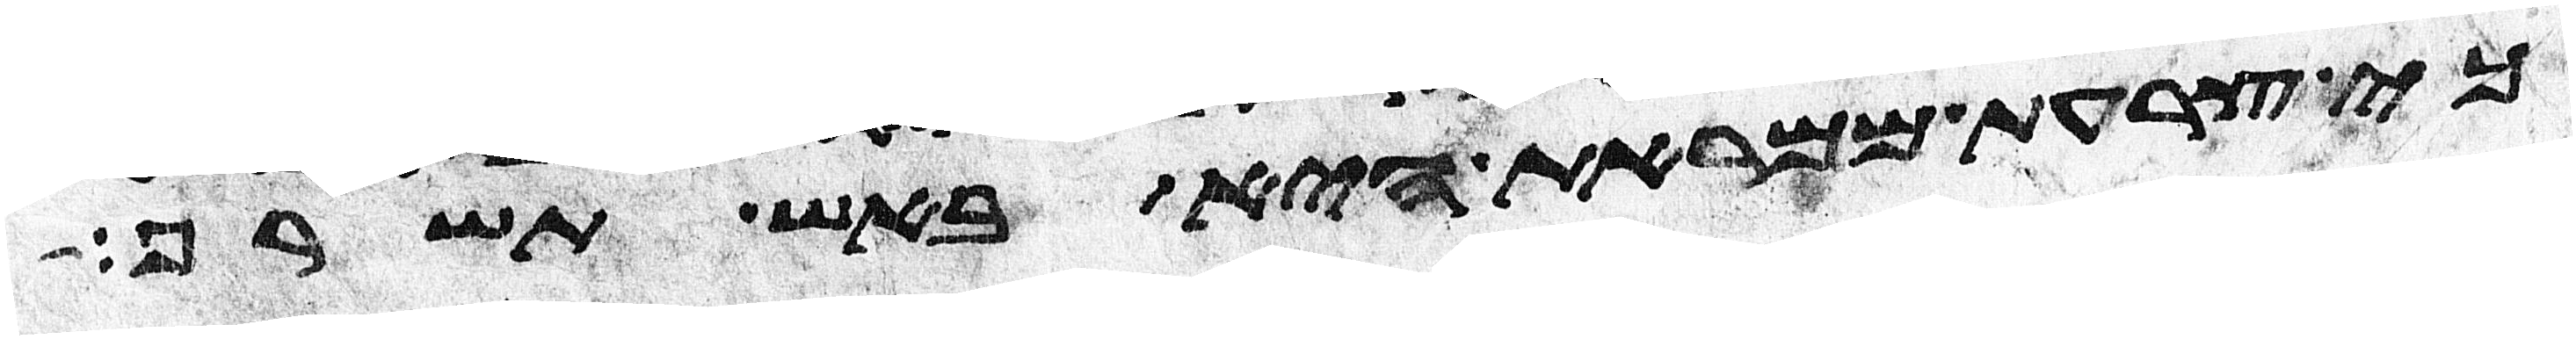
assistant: כי צרעת ממראת היא באש תשרף